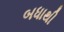
બધાથી